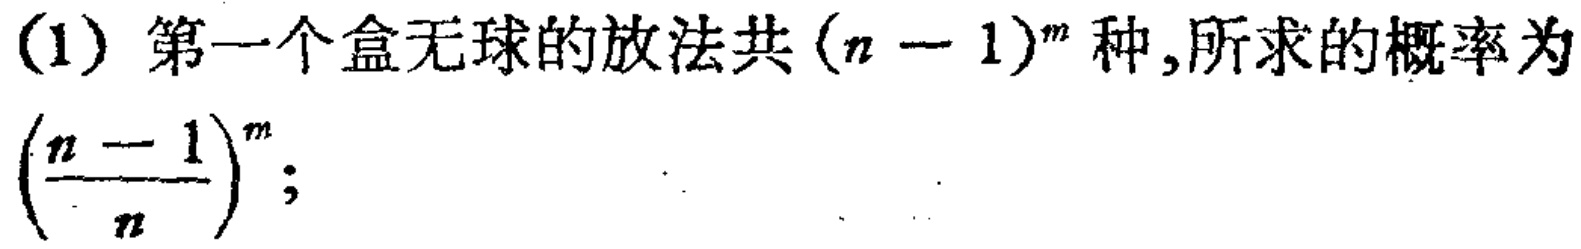
(1) 第一个盒无球的放法共\((n - 1)^m\)种,所求的概率为\(\left(\frac{n - 1}{n}\right)^m\);